Lunatic asylums United Provinces 1909-1921 - 1909-1921
Year: 1909
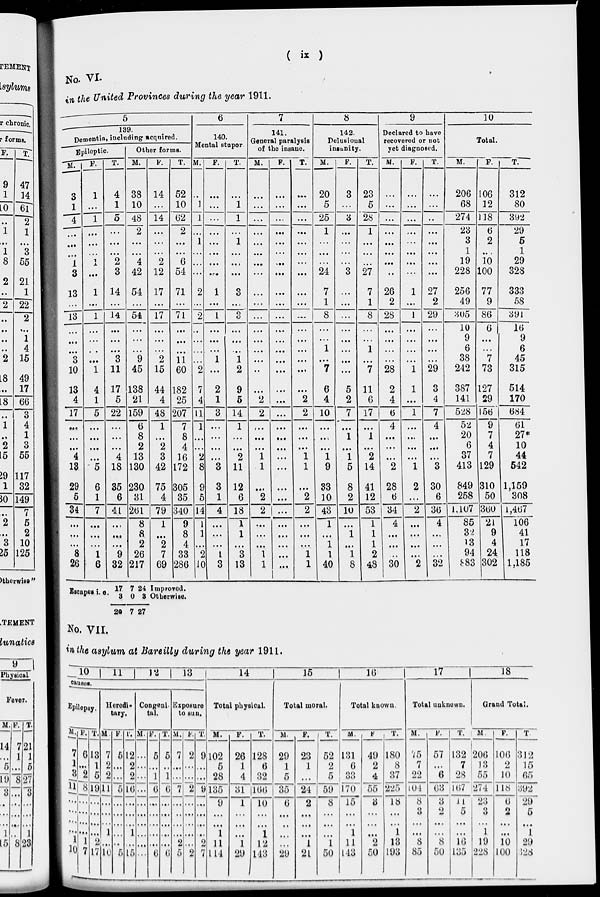
(
ix
)
No. VI.
in the United Provinces during the year 1911.
5
139.
Dementia, including acquired.
Epileptic.
M.
3
1
4
...
...
...
1
3
13
...
13
...
...
...
3
10
13
4
17
...
...
...
4
13
29
5
34
...
...
...
8
26
F.
1
...
1
...
...
...
1
...
1
...
1
...
...
...
...
1
4
1
5
...
...
...
...
5
6
1
7
...
...
...
1
6
T.
4
1
...
...
...
...
2
3
14
...
14
...
...
...
3
11
17
5
22
...
...
...
4
18
35
6
41
...
...
...
9
32
Other forms.
M.
38
10
48
2
...
...
4
42
54
...
54
...
...
...
9
45
138
21
159
6
8
2
13
130
230
31
261
8
8
2
26
217
F.
14
...
14
...
...
...
2
12
17
...
17
...
...
...
2
15
44
4
48
1
...
2
3
42
75
4
79
1
...
2
7
69
T.
52
10
62
2
...
...
6
54
71
...
71
...
...
...
11
60
182
25
207
7
8
4
16
172
305
35
340
9
8
4
33
286
6
140.
Mental stupor.
M.
...
1
1
...
1
...
...
...
2
...
2
...
...
...
...
2
7
4
11
1
...
...
2
8
9
5
14
1
1
...
2
10
F.
...
...
...
...
...
...
...
...
1
...
1
...
...
...
1
...
2
1
3
...
...
...
...
3
3
1
4
...
...
...
1
3
T.
...
1
1
...
1
...
...
...
3
...
3
...
...
...
1
2
9
5
14
1
...
...
2
11
12
6
18
1
1
...
3
13
7
141.
General paralysis
of the insane.
M.
...
...
...
...
...
...
...
...
...
...
...
...
...
...
...
...
...
2
2
...
...
...
1
1
...
2
2
...
...
...
1
1
F.
...
...
...
...
...
...
...
...
...
...
...
...
...
...
...
...
...
...
...
...
...
...
...
...
...
...
...
...
...
...
...
...
T.
...
...
...
...
...
...
...
...
...
...
...
...
...
...
...
...
...
2
2
...
...
...
1
1
...
2
2
...
...
...
1
1
8
142.
Delusional
insanity.
M.
20
5
25
1
...
...
...
24
7
1
8
...
...
1
...
7
6
4
10
...
...
...
1
9
33
10
43
1
...
1
1
40
F.
3
...
3
...
...
...
...
3
...
...
...
...
...
...
...
...
5
2
7
...
1
...
1
5
8
2
10
...
1
...
1
8
T.
23
5
28
1
...
...
...
27
7
1
8
...
...
1
...
7
11
6
17
...
1
...
2
14
41
12
53
1
1
1
2
48
9
Declared to have
recovered or not
yet diagnosed.
M.
...
...
...
...
...
...
...
...
26
2
28
...
...
...
...
28
2
4
6
4
...
...
...
2
28
6
34
4
...
...
...
30
F.
...
...
...
...
...
...
...
...
1
...
1
...
...
...
...
1
1
...
1
...
....
...
...
1
2
...
2
...
...
...
...
2
T.
...
...
...
...
...
...
...
...
27
2
29
...
...
...
...
29
3
4
7
4
...
...
...
3
30
6
36
4
...
...
...
32
10
Total.
M.
206
68
274
23
3
1
19
228
256
49
305
10
9
6
38
242
387
141
528
52
20
6
37
413
849
258
1,107
85
32
13
94
883
F.
106
12
118
6
2
...
10
100
77
9
86
6
...
...
7
73
127
29
156
9
7
4
7
129
310
50
360
21
9
4
24
302
T.
312
80
392
29
5
1
29
328
333
58
391
16
9
6
45
315
514
170
684
61
27*
10
44
542
1,159
308
1,467
106
41
17
118
1,185
Escapes i. e. 17
3
20
7
0
7
24
3
27
Improved.
Otherwise.
No. VII.
in the asylum at Bareilly during the year 1911.
10
11
12
13
causes.
Epilepsy.
M.
7
1
3
11
...
...
...
...
1
10
F.
6
...
2
8
...
...
...
...
1
7
T.
13
1
5
19
...
...
...
...
2
17
Heredi-
tary.
M.
7
2
2
11
...
...
...
1
...
10
F.
5
...
...
5
...
...
...
...
...
5
T.
12
2
2
16
...
...
...
1
...
15
Congeni-
tal.
M.
...
...
...
...
...
...
...
...
...
...
F.
5
...
1
6
...
...
...
...
...
6
T.
5
...
1
6
...
...
...
...
...
6
Exposure
to sun.
M.
7
...
...
7
...
...
...
...
2
5
F.
2
...
...
2
...
...
...
...
...
2
T.
9
...
...
9
...
...
...
...
2
7
14
Total physical.
M.
102
5
28
135
9
...
...
1
11
114
F.
26
1
4
31
1
...
...
...
1
29
T.
128
6
82
166
10
...
...
1
12
143
15
Total moral.
M.
29
1
5
35
6
...
...
...
...
29
F.
23
1
...
24
2
...
...
...
1
21
T.
52
2
...
59
8
...
...
...
1
50
16
Total known.
M.
131
6
33
170
15
...
...
1
11
143
F.
49
2
4
55
3
...
...
...
2
50
T.
180
8
37
225
18
...
...
1
13
193
17
Total unknown.
M.
75
7
22
104
8
3
...
...
8
85
F.
57
...
6
63
3
2
...
...
8
50
T.
132
7
28
167
11
5
...
...
16
135
18
Grand Total.
M.
206
13
55
274
23
3
...
1
19
228
F.
106
2
10
118
6
2
...
...
10
100
T.
312
15
65
392
29
5
...
1
29
328